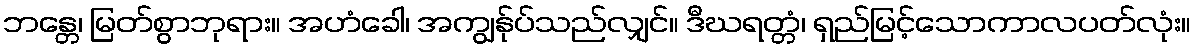
ဘန္တေ၊ မြတ်စွာဘုရား။ အဟံခေါ၊ အကျွန်ုပ်သည်လျှင်။ ဒီဃရတ္တံ၊ ရှည်မြင့်သောကာလပတ်လုံး။